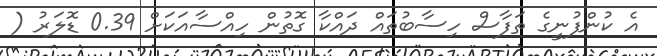
އެ ކުންފުނީގެ ތަފާސް ހިސާބުތައް ދައްކާ ގޮތުން ހިއްސާއަކަށް 0.39 ޑޮލަރު (